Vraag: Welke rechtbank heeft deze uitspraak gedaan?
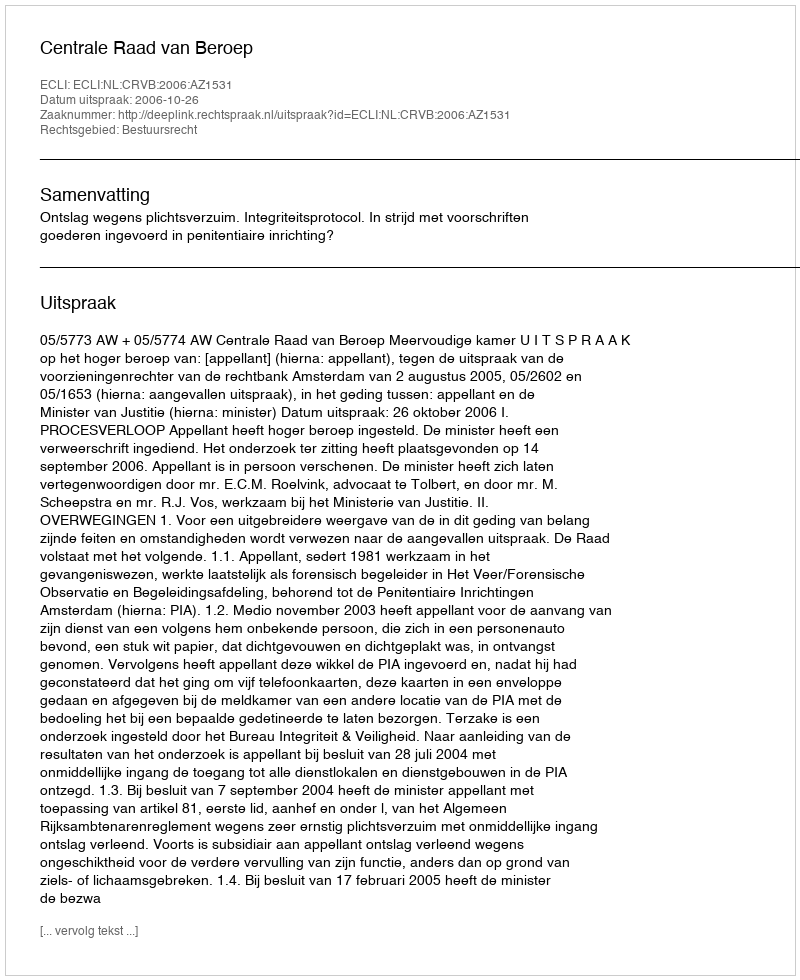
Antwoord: Centrale Raad van Beroep